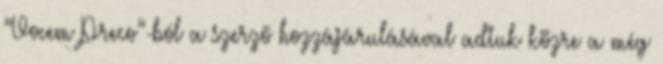
”Vocem Preco”-ból a szerző hozzájárulásával adtuk közre a még